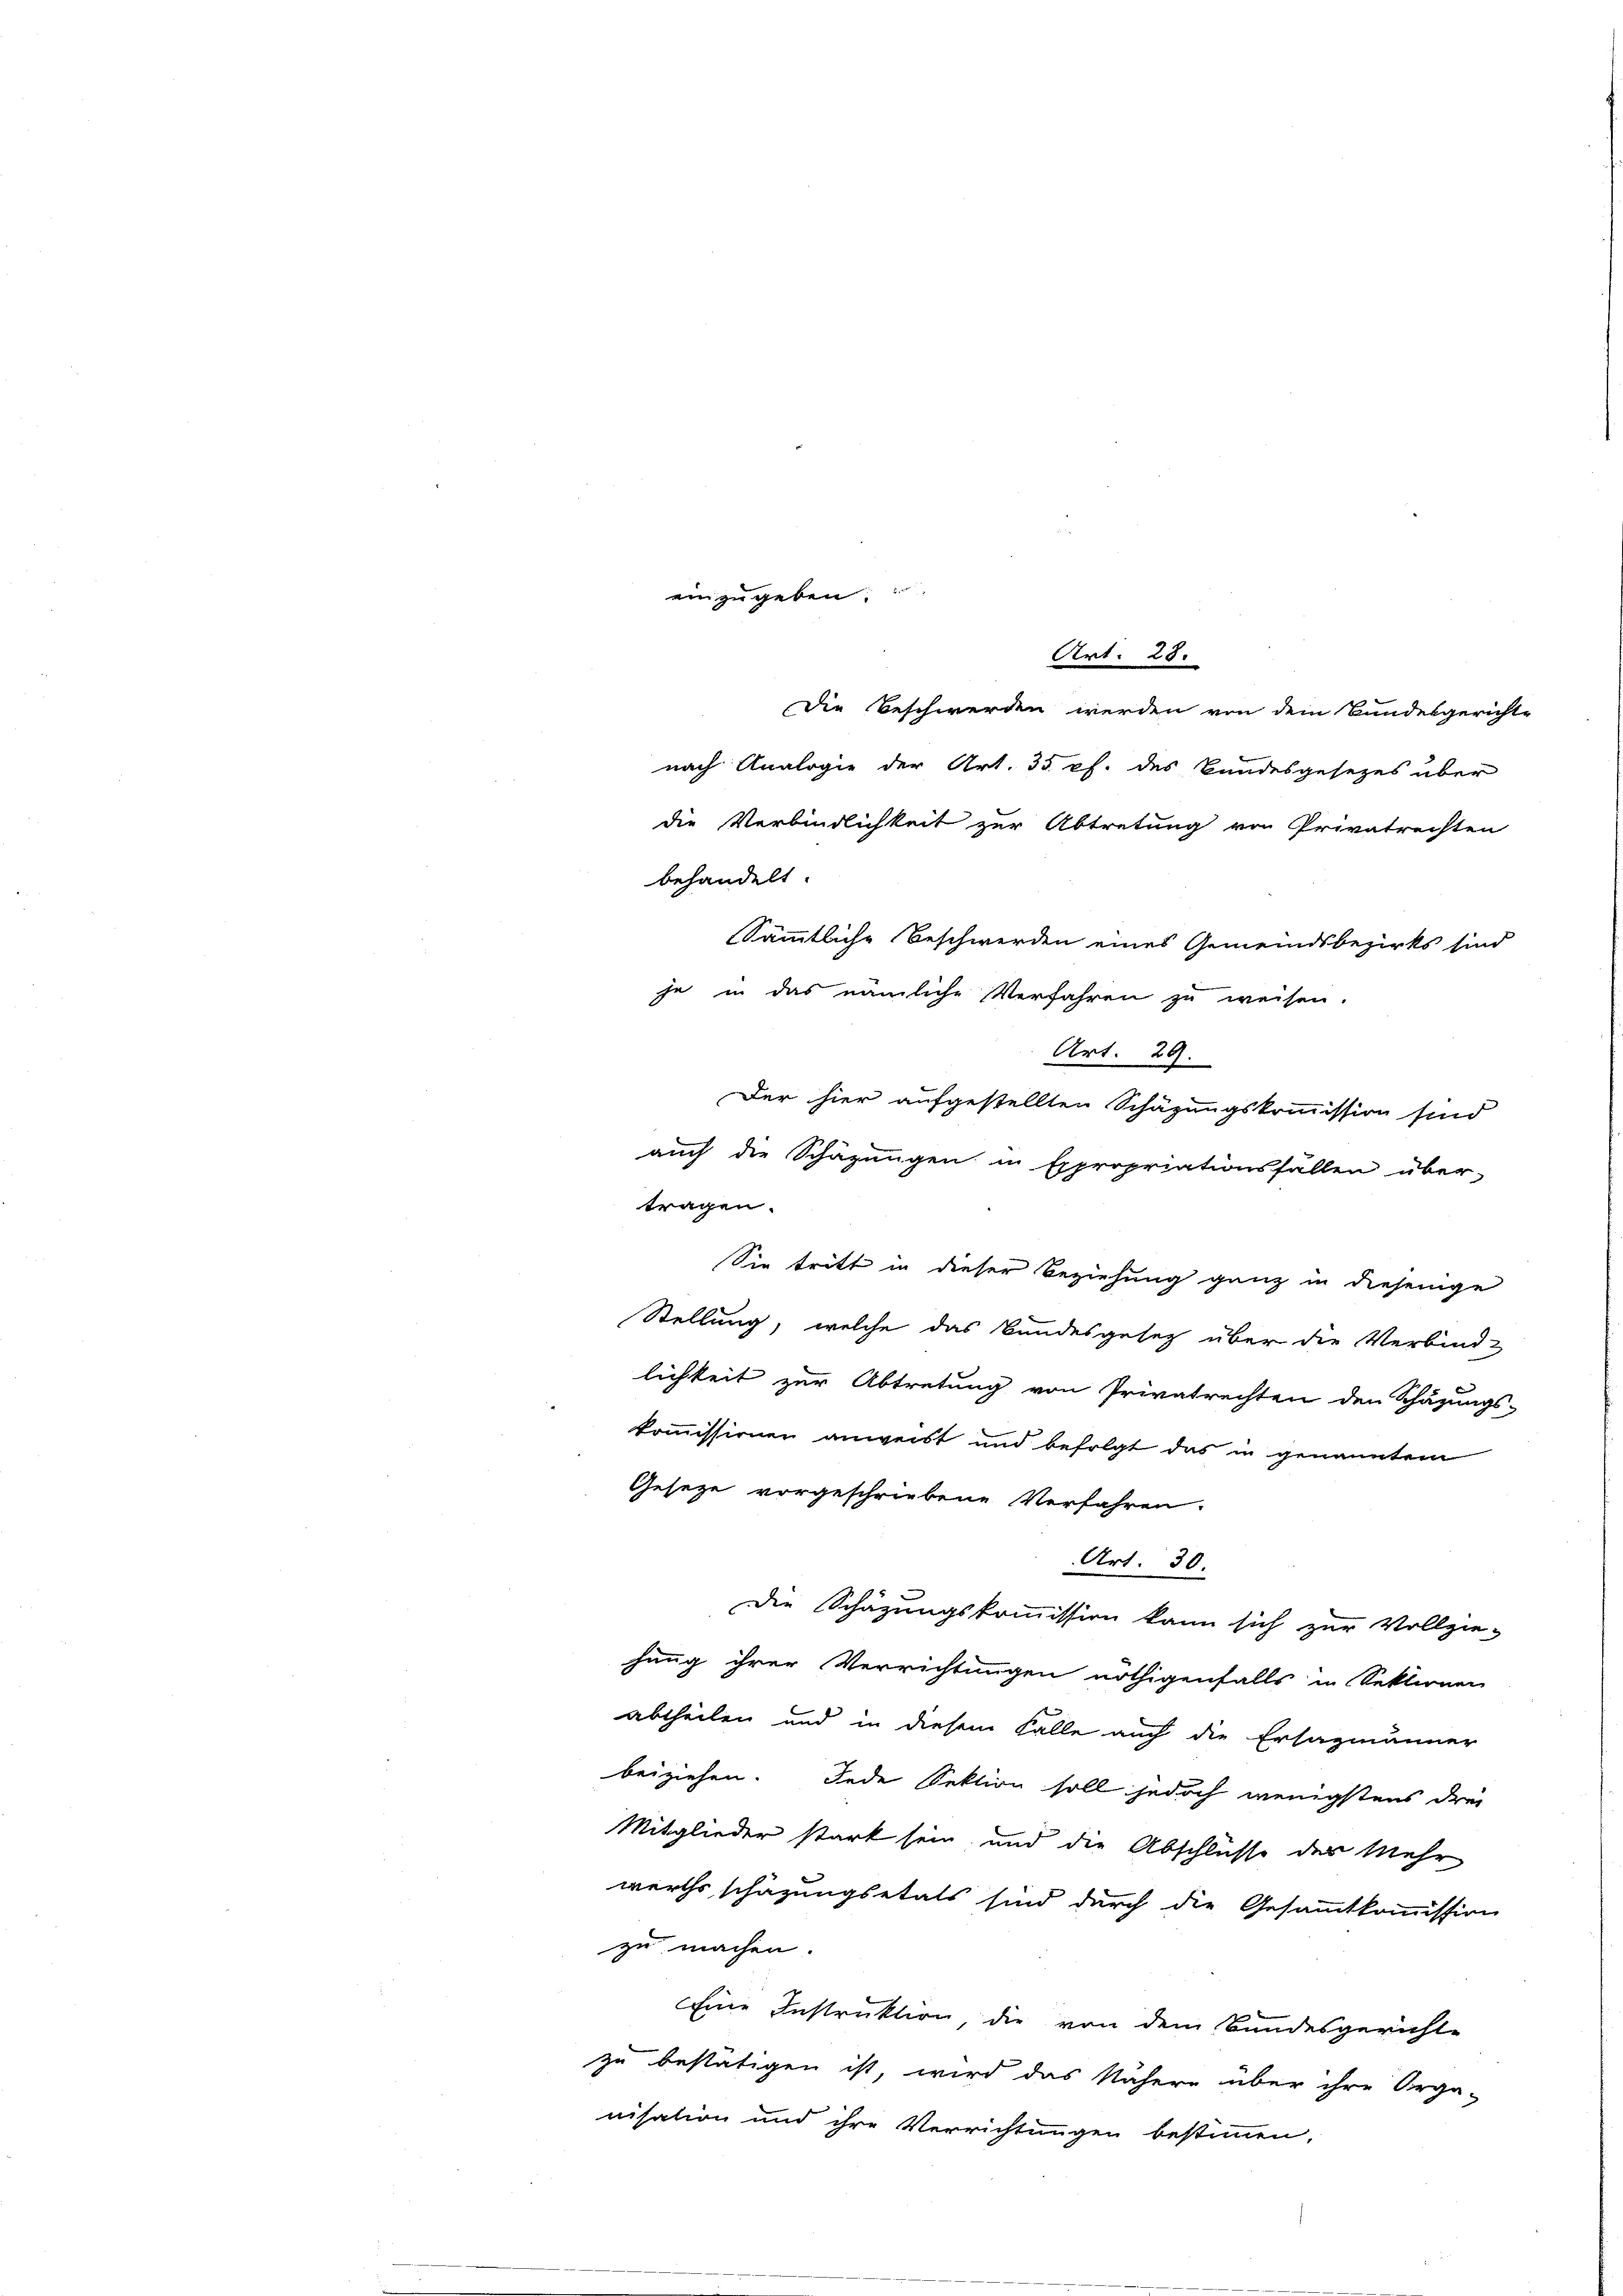
einzugeben.
Art. 28.
die Beschwerden werden von dem Bundesgerichte
nach Analogie der Art. 35 pf. des Bandesgesezes über
die Verbindlichkeit zur Abtretung von Privatrechten
behandelt.

Sämmtliche Beschwerden eines Gemeindsbezirks sind
je in das nämliche Verfahren zu weisen.
Art. 29.
Der hier aufgestellten Schäzungskommission sind

auch die Schazungen in Expropriationsfallen über-
tragen.
Sie tritt in dieser Beziehung ganz in diejenige
Stellung, welche das Bundesgesetz über die Verbind-
lichkeit zur Abtretung von Privatrechten den Schazungs-
kommissionen anweist und befolgt das in genannten
Gesetze vorgeschriebene Verfahren.
Art. 30.
Die Schäzungskommission kann sich zur Vollzie-
hung ihrer Verrichtungen nöthigenfalls in Sektionen
abtheilen und in diesem Falle auch die Ersazmänner
beiziehen. Jede Sektion soll jedoch wenigstens drei
Mitglieder stark sein und die Abschlüsse der Mehr
wirthsschäzungsetals sind durch die Gesammtkommission
zu machen.
Eine Instruktion die von dem Bundesgerichte
zu bestätigen ist, wird das Nähere über ihre Orga-
nisation und ihre Verrichtungen bestimmen,